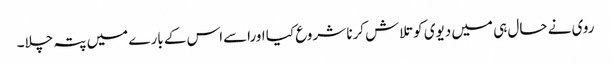
روی نے حال ہی میں دیوی کو تلاش کرنا شروع کیا اوراسےاس کے بارے میں پتہ چلا۔